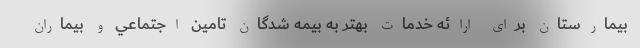
بيمارستان براي ارائه خدمات بهتر به بيمه شدگان تامين اجتماعي و بيماران